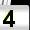
Digit: 4